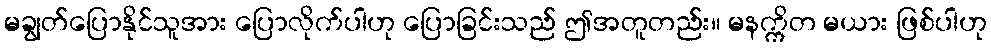
မချွတ်ပြောနိုင်သူအား ပြောလိုက်ပါဟု ပြောခြင်းသည် ဤအတူတည်း။ မနက္ကိတ မယား ဖြစ်ပါဟု